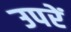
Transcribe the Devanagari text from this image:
उपरें